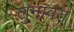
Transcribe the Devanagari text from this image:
लुनावत